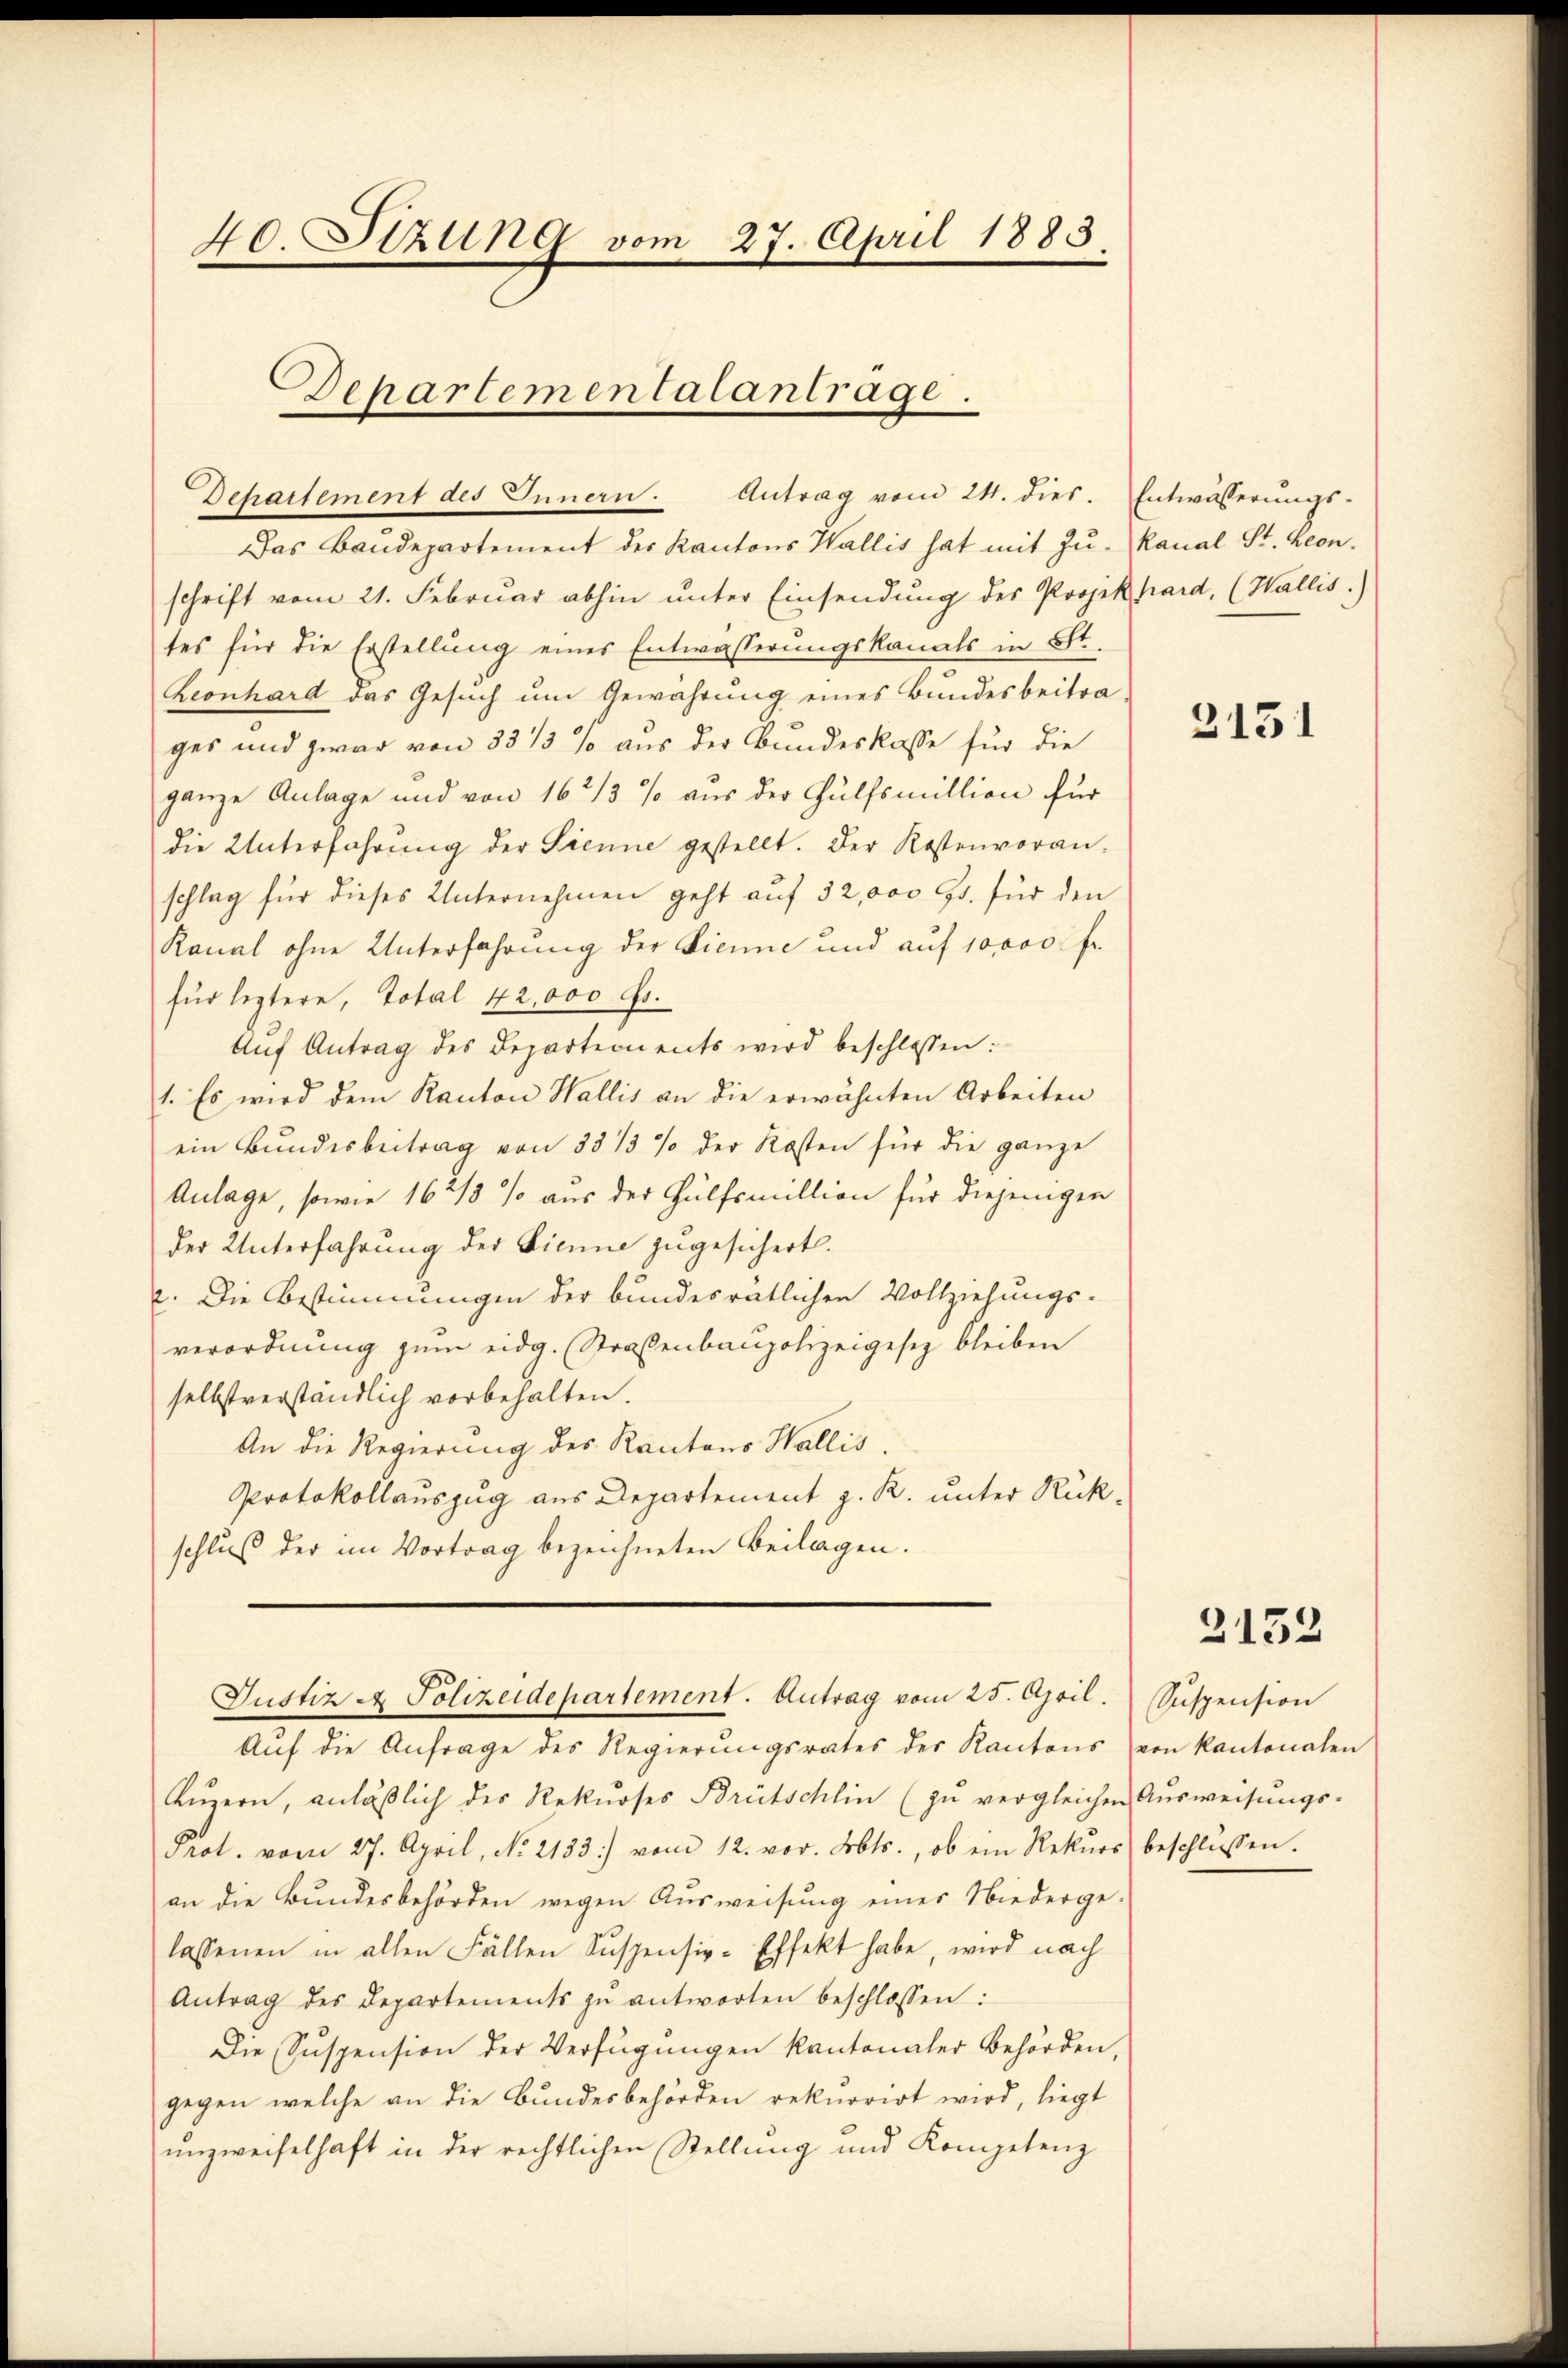
40. Sitzung vom 27. April 1883.

Das Bandepartement des Kantons Wallis hat mit Zŭ- Kanal St. Leon
schrift vom 21. Februar abhin unter Einsendung des Projekhard, (Wallis.)
tes für die Erstellŭng eines Entwässerŭngskanals in Sr.
heonhard das Gesuch um Gewährung eines Bundesbeitrages und zwar von 33 1/3 % aus der Bundeskasse für die
ganze Anlage und von 16 2/3 % aus der Hülfsmillion für
die Unterfahrŭng der Sienne gestellt. Der Kostenvoran-
schlag für dieses Unternehmen geht auf 52,000 Gs. für den
Kanal ohne Unterfahrung der Lienne und auf 10,000 fr.
für leztere, Total 42,000 Fr.
Aŭf Antrag des Departements wird beschlossen:
1. Es wird dem Kanton Wallis an die erwähnten Arbeiten
ein Bŭndesbeitrag von 33 1/3 % der Kosten für die ganze
Anlage, sowie 16 2/3 % aus der Hülfsmillion für diejenigen
der Unterfahrung der Sinne zugesichert.
2. Die Bestimmungen der bundesrätlichen Vollziehungs-
verordnung zum eidg. Straßenbaupolizeigesetz bleiben
selbstverständlich vorbehalten.
An die Regierung des Kantons Wallis
Protokollauszug aus Departement z. R. unter Rückschluß der im Vortrag bezeichneten Beilagen.
Justiz A. Polizeidepartement. Antrag vom 25. April.
Aŭf die Anfrage des Regierŭngsrates der Kantons von Kantonalen
Lŭzern, anläβlich des Rekŭrses Brütschlin (zŭ vergleichen Aŭsweisŭngs-
Prot. vom 27. April, No. 2133) vom 12. vor. Abts., ob ein Rekŭrs beschlŭssen.
an die Bundesbehörden wegen Ausweisung einer Niederge-
lassenen in allen Fällen Suspensiv-Effekt habe, wird nach
Antrag des Departements zŭ antworten beschlossen:
Die Suspension der Verfügungen kantonaler Behörden,
gegen welche an die Bundesbehörden rekurrirt wird, liegt
unzweifelhaft in der rechtlichen Stellung und Kompetenz

chartementalantrage.
Departement des Innern. Antrag vom 24. dies. Entwässerŭngs-

3131

2152

Suspension